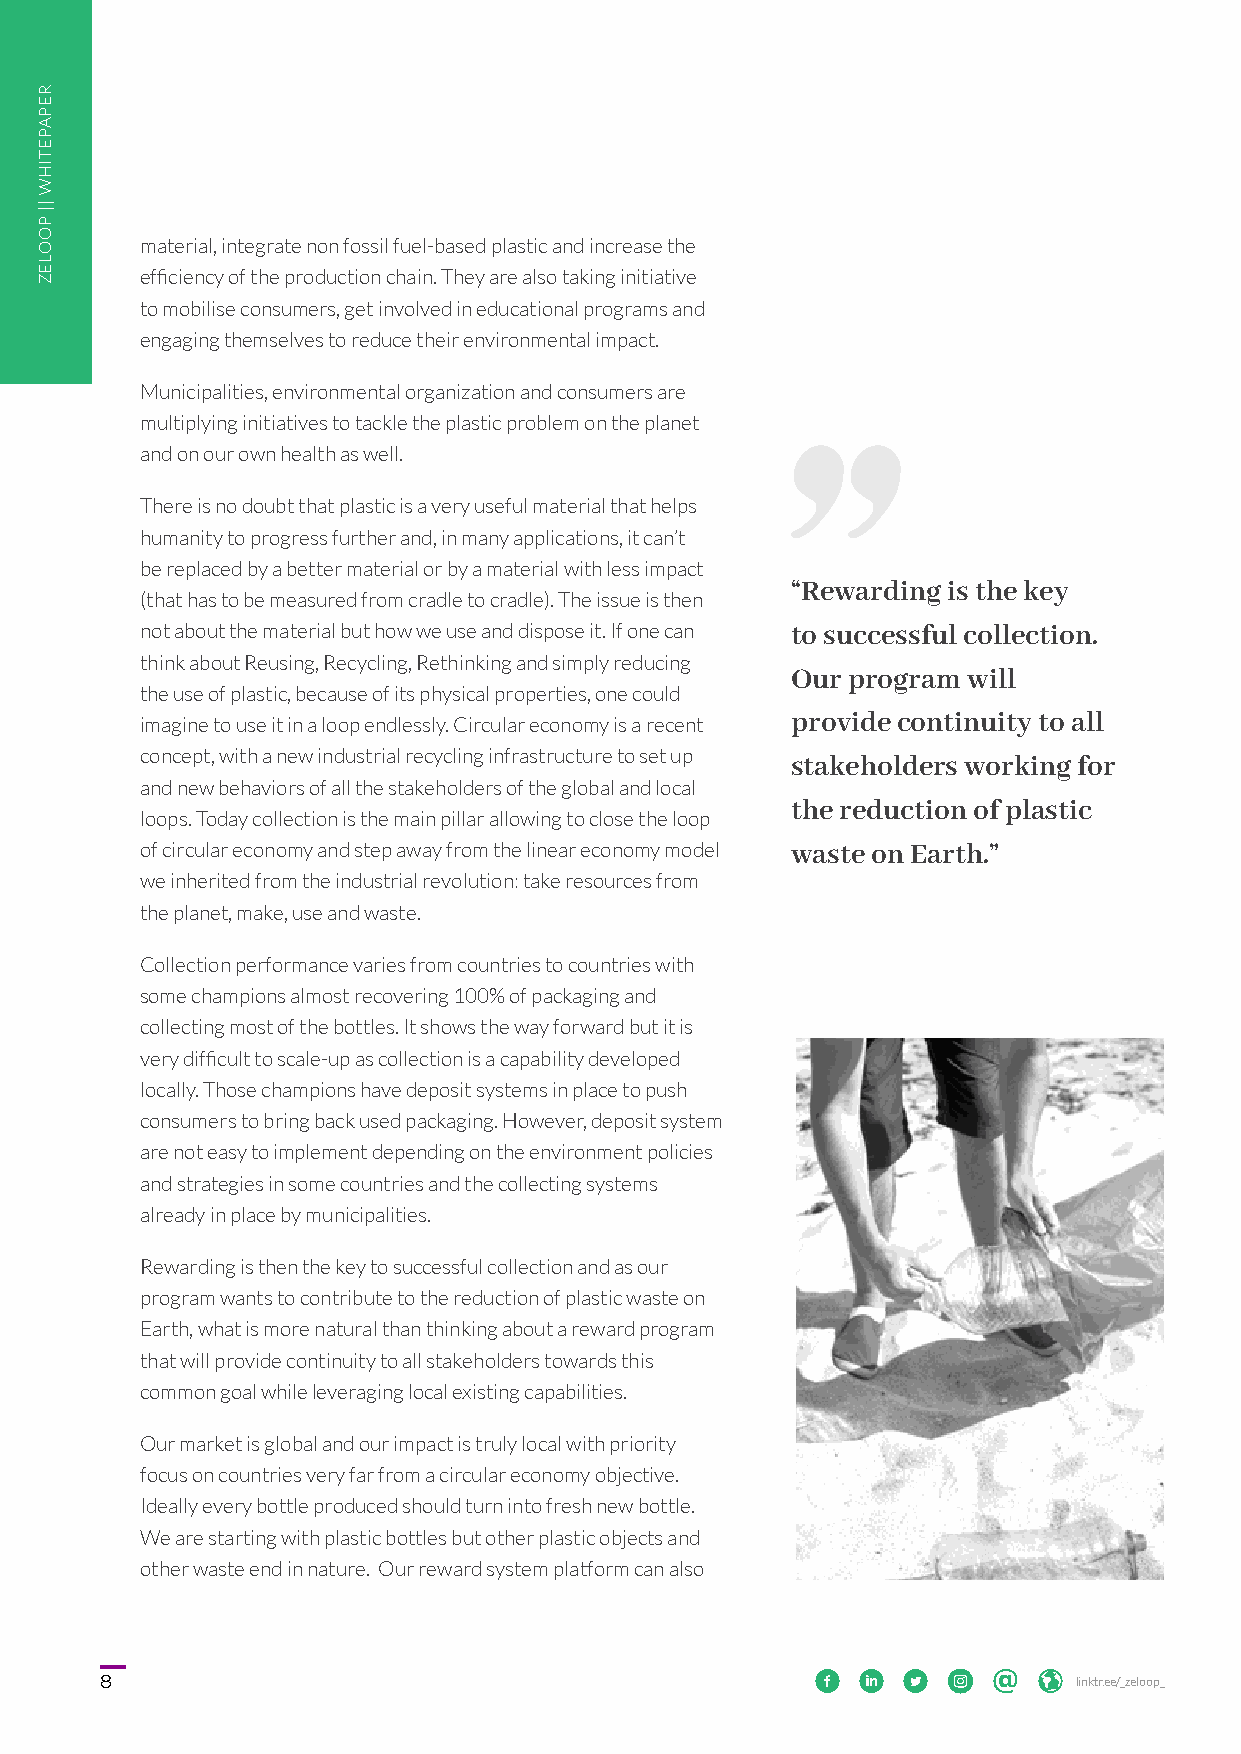
material, integrate non fossil fuel-based plastic and increase the
 efficiency of the production chain. They are also taking initiative
 to mobilise consumers, get involved in educational programs and
 engaging themselves to reduce their environmental impact.
 Municipalities, environmental organization and consumers are
 multiplying initiatives to tackle the plastic problem on the planet
 and on our own health as well.
 There is no doubt that plastic is a very useful material that helps
 humanity to progress further and, in many applications, it can’t
 be replaced by a better material or by a material with less impact
 “Rewarding is the key
 (that has to be measured from cradle to cradle). The issue is then
 not about the material but how we use and dispose it. If one can to successful collection.
 think about Reusing, Recycling, Rethinking and simply reducing
 Our program will
 the use of plastic, because of its physical properties, one could
 imagine to use it in a loop endlessly. Circular economy is a recent provide continuity to all
 concept, with a new industrial recycling infrastructure to set up
 stakeholders working for
 and new behaviors of all the stakeholders of the global and local
 the reduction of plastic
 loops. Today collection is the main pillar allowing to close the loop
 of circular economy and step away from the linear economy model waste on Earth.”
 we inherited from the industrial revolution: take resources from
 the planet, make, use and waste.
 Collection performance varies from countries to countries with
 some champions almost recovering 100% of packaging and
 collecting most of the bottles. It shows the way forward but it is
 very difficult to scale-up as collection is a capability developed
 locally. Those champions have deposit systems in place to push
 consumers to bring back used packaging. However, deposit system
 are not easy to implement depending on the environment policies
 and strategies in some countries and the collecting systems
 already in place by municipalities.
 Rewarding is then the key to successful collection and as our
 program wants to contribute to the reduction of plastic waste on
 Earth, what is more natural than thinking about a reward program
 that will provide continuity to all stakeholders towards this
 common goal while leveraging local existing capabilities.
 Our market is global and our impact is truly local with priority
 focus on countries very far from a circular economy objective.
 Ideally every bottle produced should turn into fresh new bottle.
 We are starting with plastic bottles but other plastic objects and
 other waste end in nature. Our reward system platform can also
 8                                                         linktr.ee/_zeloop_
 REPAPETIHW
 ||
 POOLEZ